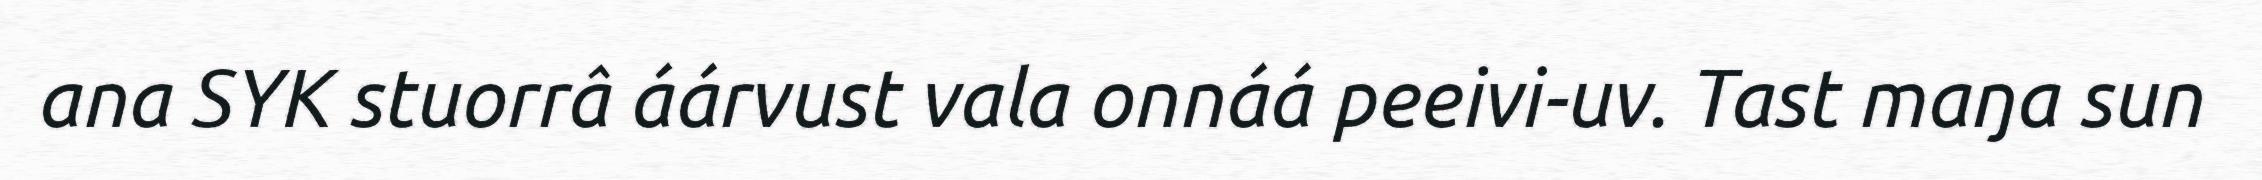
ana SYK stuorrâ áárvust vala onnáá peeivi-uv. Tast maŋa sun